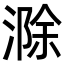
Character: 滁